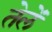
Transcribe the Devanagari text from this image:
तेलें